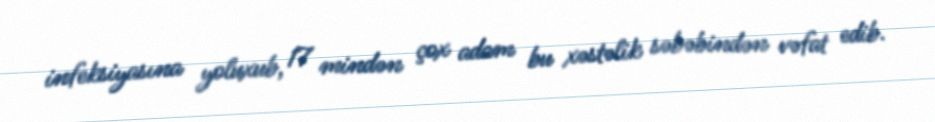
infeksiyasına yoluxub, 17 mindən çox adam bu xəstəlik səbəbindən vəfat edib.